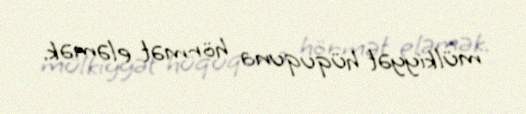
mülkiyyət hüququna hörmət eləmək.